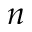
n